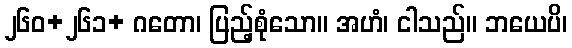
၂၆၀+၂၆၁+ ဂတော၊ ပြည့်စုံသော။ အဟံ၊ ငါသည်။ ဘယေပိ၊